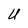
Character: U